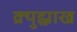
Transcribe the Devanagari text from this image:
क्र्युझ्नाख